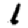
Digit: 1